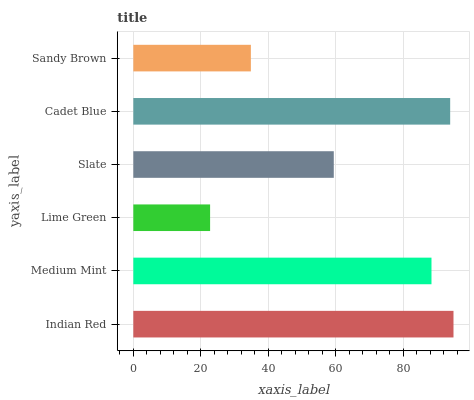
| yaxis_label | bars |
 | --- | --- |
 | Indian Red | 94.9 |
 | Medium Mint | 88.4 |
 | Lime Green | 22.8 |
 | Slate | 59.4 |
 | Cadet Blue | 93.9 |
 | Sandy Brown | 34.8 |